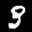
Label: 3